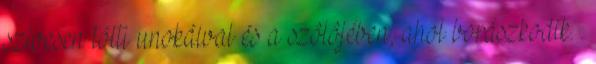
szívesen tölti unokáival és a szôlôjében, ahol borászkodik. .